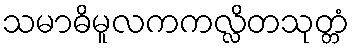
သမာဓိမူလကကလ္လိတသုတ္တံ